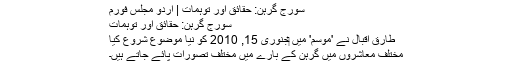
سورج گرہن: حقائق اور توہمات | اردو مجلس فورم
سورج گرہن: حقائق اور توہمات
طارق اقبال نے 'موسم' میں ‏جنوری 15, 2010 کو نیا موضوع شروع کیا
مختلف معاشروں میں گرہن کے بارے میں مختلف تصورات پائے جاتے ہیں۔